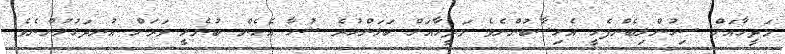
މަދީހާއަށް ސިހުންލިބެންފެށީ އެހިސާބުންނެވެ މަދީހާއަށް ބަލަންހުރެ ޝުހާ އެހެން ބުނެލީ ވަރަށް އުނދަގުލުންނެވެ.